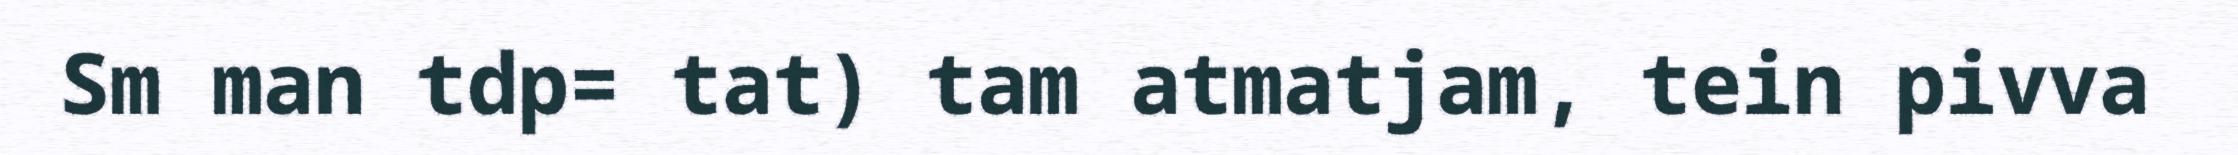
Sm man tdp= tat) tam atmatjam, tein pivva